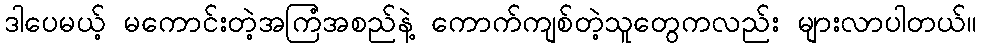
ဒါပေမယ့် မကောင်းတဲ့အကြံအစည်နဲ့ ကောက်ကျစ်တဲ့သူတွေကလည်း များလာပါတယ်။